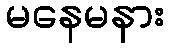
မနေမနား